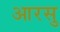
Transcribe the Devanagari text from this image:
आरसु